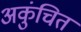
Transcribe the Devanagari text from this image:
अकुंचित